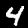
Label: 4